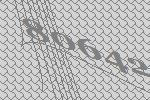
80642